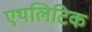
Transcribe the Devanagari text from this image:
एथलिटिक